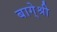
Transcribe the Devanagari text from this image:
बागे्श्री